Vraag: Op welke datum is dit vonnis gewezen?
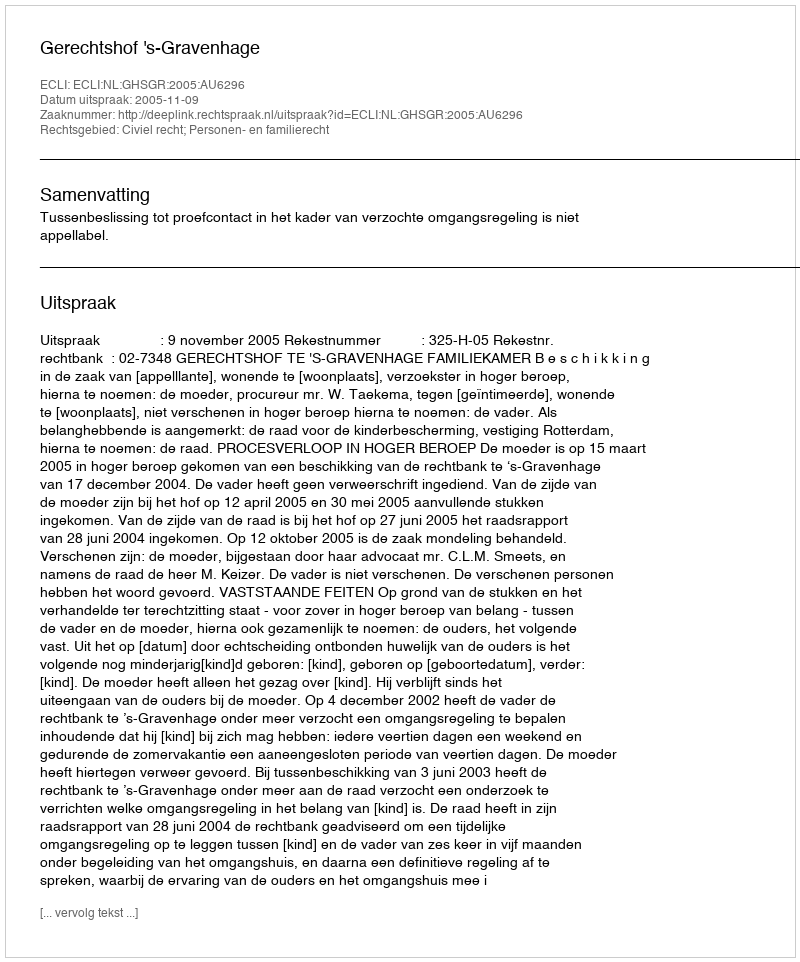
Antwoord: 2005-11-09